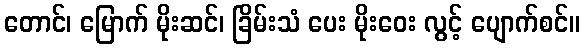
တောင်၊ မြောက် မိုးဆင်၊ ခြိမ်းသံ ပေး မိုးဝေး လွင့် ပျောက်စင်။